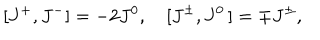
[ J ^ { + } , J ^ { - } ] = - 2 J ^ { 0 } , \quad [ J ^ { \pm } , J ^ { 0 } \, ] = \mp J ^ { \pm } ,